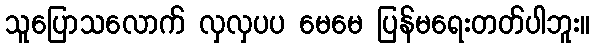
သူပြောသလောက် လှလှပပ မေမေ ပြန်မရေးတတ်ပါဘူး။